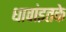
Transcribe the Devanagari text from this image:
धावांइतके